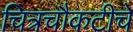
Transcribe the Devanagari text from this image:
चित्रचौकटीचे